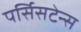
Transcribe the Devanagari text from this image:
पर्सिसटेन्स